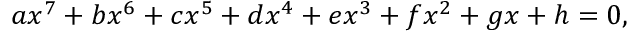
a x ^ { 7 } + b x ^ { 6 } + c x ^ { 5 } + d x ^ { 4 } + e x ^ { 3 } + f x ^ { 2 } + g x + h = 0 ,